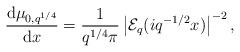
LaTeX: \begin{align*} \frac{\mbox{d}\mu_{0,q^{1/4}}}{\mbox{d}x}=\frac{1}{q^{1/4}\pi}\left|\mathcal{E}_{q}(iq^{-1/2}x)\right|^{-2},\end{align*}